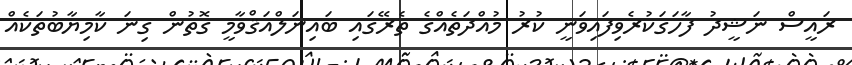
ރައީސް ނަޝީދު ފާހަގަކުރެވިފައިވަނީ ކުރު މުއްދަތެއްގެ ތެރޭގައި ބައިނަލްއަޤްވާމީ ގޮތުން ގިނަ ކާމިޔާބުތަކެއް